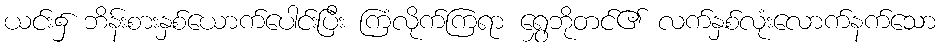
ယင်း၌ ဘိန်းစားနှစ်ယောက်ပေါင်းပြီး ကြံလိုက်ကြရာ ရွှေဘိုတင်၏ လက်နှစ်လုံးလောက်နက်သော